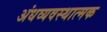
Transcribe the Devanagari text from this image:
अंधव्यवस्थात्मक